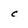
Character: c